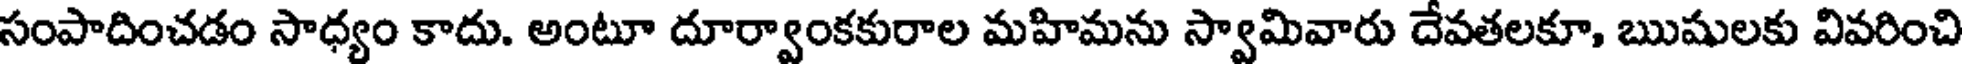
సంపాదించడం సాధ్యం కాదు. అంటూ దూర్వాంకకురాల మహిమను స్వామివారు దేవతలకూ, ఋషులకు వివరించి